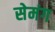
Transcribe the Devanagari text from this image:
सेमंग